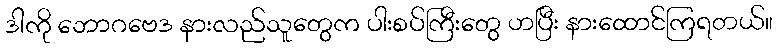
ဒါကို ဘောဂဗေဒ နားလည်သူတွေက ပါးစပ်ကြီးတွေ ဟပြီး နားထောင်ကြရတယ်။